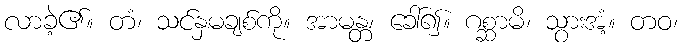
လာခဲ့၏။ တံ၊ သင်နှမချစ်ကို။ အာမန္တ၊ ခေါ်၍။ ဂစ္ဆာမိ၊ သွားအံ့။ တဝ၊